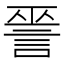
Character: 𧨈